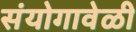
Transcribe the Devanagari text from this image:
संयोगावेळी